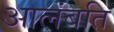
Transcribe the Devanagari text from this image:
आलंबति